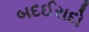
બદઈરાદો